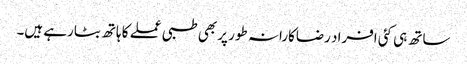
ساتھ ہی کئی افراد رضاکارانہ طور پر بھی طبی عملے کا ہاتھ بٹارہے ہیں۔